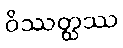
ဝိဿတ္ထဿ